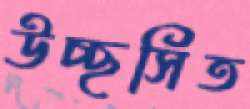
উচ্ছসিত